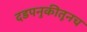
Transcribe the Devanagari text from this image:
दडपनुकीतूनच